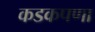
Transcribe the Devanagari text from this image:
कडकपणा